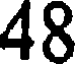
48